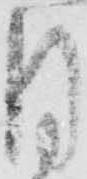
月